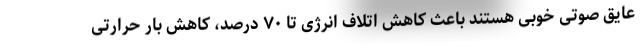
عایق صوتی خوبی هستند باعث کاهش اتلاف انرژی تا ۷۰ درصد، کاهش بار حرارتی